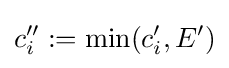
c''_{i}:=\min(c'_{i},E')